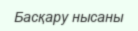
Басқару нысаны